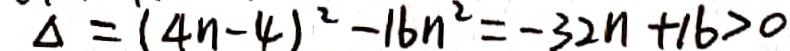
\Delta = ( 4 n - 4 ) ^ { 2 } - 1 6 n ^ { 2 } = - 3 2 n + 1 6 > 0